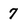
Character: 7